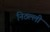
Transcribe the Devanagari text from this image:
निठल्ली